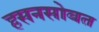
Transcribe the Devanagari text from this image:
हसनसोबत